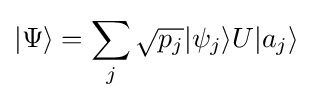
|\Psi \rangle =\sum _{j}{\sqrt {p_{j}}}|\psi _{j}\rangle U|a_{j}\rangle